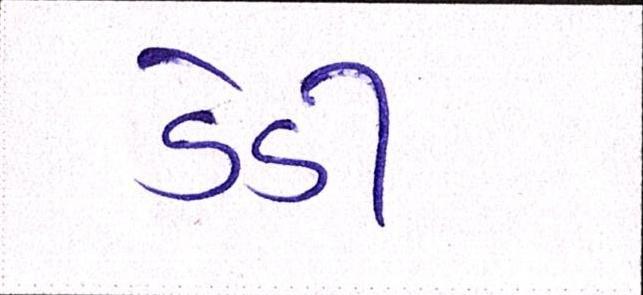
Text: ડેડી